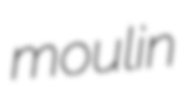
moulin